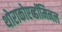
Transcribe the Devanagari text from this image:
थोराकोएब्डॉमिनल